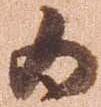
為